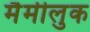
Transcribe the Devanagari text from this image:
मैमीलुक